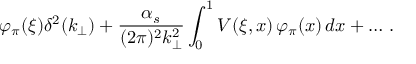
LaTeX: \varphi _ { \pi } ( \xi ) \delta ^ { 2 } ( k _ { \perp } ) + \frac { \alpha _ { s } } { ( 2 \pi ) ^ { 2 } k _ { \perp } ^ { 2 } } \int _ { 0 } ^ { 1 } V ( \xi , x ) \, \varphi _ { \pi } ( x ) \, d x + \ldots \, .